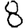
Digit: 8